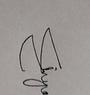
Signature authenticity: genuine